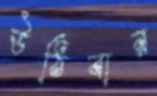
উঠিবার